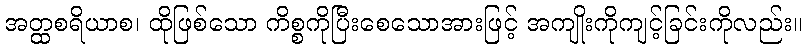
အတ္ထစရိယာစ၊ ထိုဖြစ်သော ကိစ္စကိုပြီးစေသောအားဖြင့် အကျိုးကိုကျင့်ခြင်းကိုလည်း။